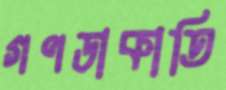
গণডাকাতি